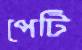
পেটি